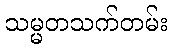
သမ္မတသက်တမ်း